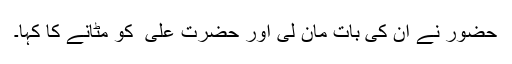
حضور نے اُن کی بات مان لی اور حضرت علی ؑ کو مٹانے کا کہا۔